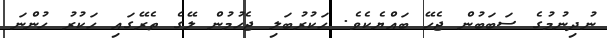
ނުދިނުމުގެ ސަބަބުން ޖެހޭ ބައްޔެކެވެ. ހަކުރުބަލި ޖެހުމުން ލޭގެ ތެރޭގައި ހަކުރު ހުންނަ